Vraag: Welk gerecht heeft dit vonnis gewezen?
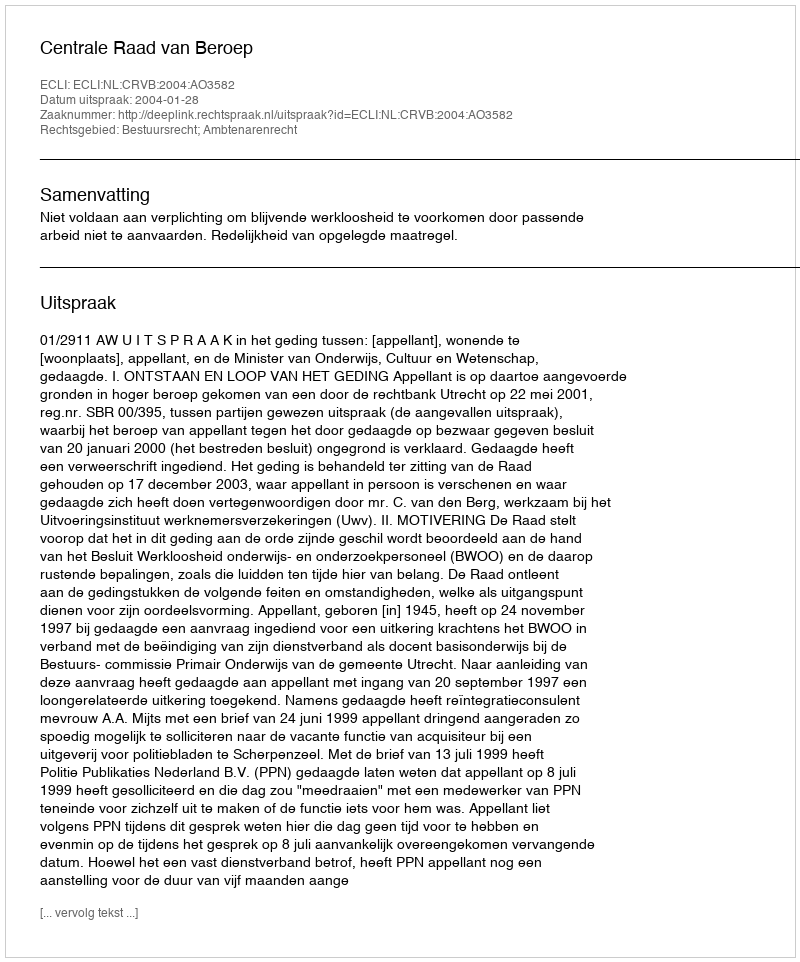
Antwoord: Centrale Raad van Beroep